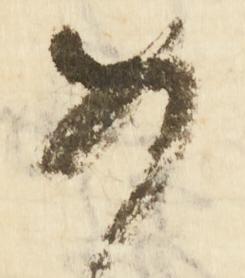
め